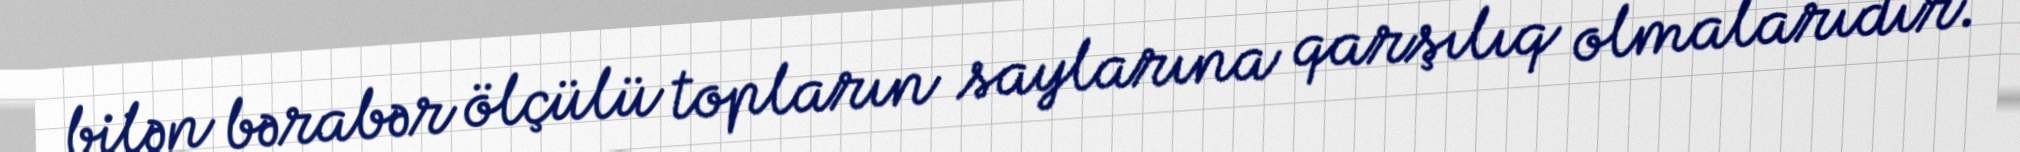
bilən bərabər ölçülü topların saylarına qarşılıq olmalarıdır.